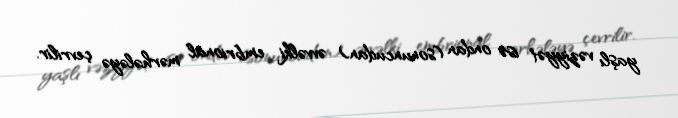
yaşlı vəziyyət isə ondan (sonuncudan) əvvəlki embrional mərhələyə çevrilir.